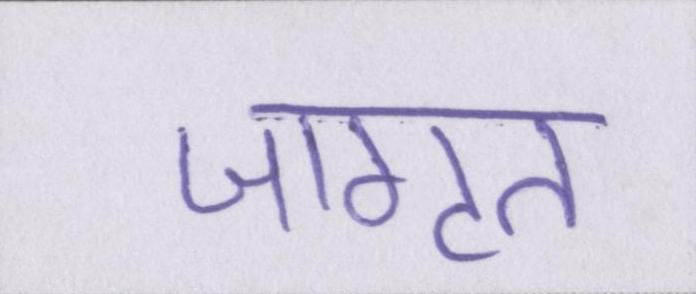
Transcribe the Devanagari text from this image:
जागृत